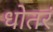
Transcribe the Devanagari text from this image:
धोतरं